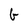
Character: G